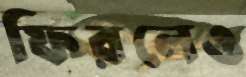
ফিরলেও